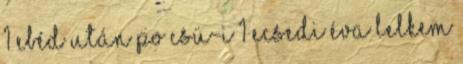
1 Ebéd után Po Csü-i 1 Ecsedi Éva Lelkem